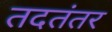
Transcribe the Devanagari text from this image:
तदतंतर